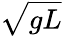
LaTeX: \sqrt{gL}